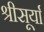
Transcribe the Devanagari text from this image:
श्रीसूर्या